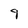
Character: 9